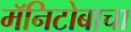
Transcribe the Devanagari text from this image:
मॅनिटोबाचा